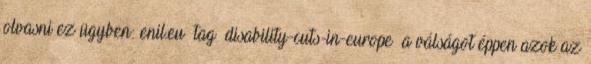
olvasni ez ügyben: enil.eu tag disability-cuts-in-europe a válságot éppen azok az